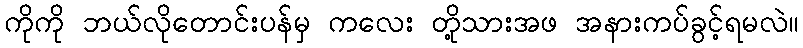
ကိုကို ဘယ်လိုတောင်းပန်မှ ကလေး တို့သားအဖ အနားကပ်ခွင့်ရမလဲ။